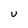
Character: u